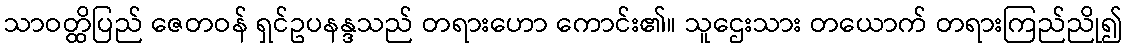
သာဝတ္ထိပြည် ဇေတဝန် ရှင်ဥပနန္ဒသည် တရားဟော ကောင်း၏။ သူဌေးသား တယောက် တရားကြည်ညို၍